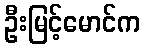
ဦးမြင့်မောင်က